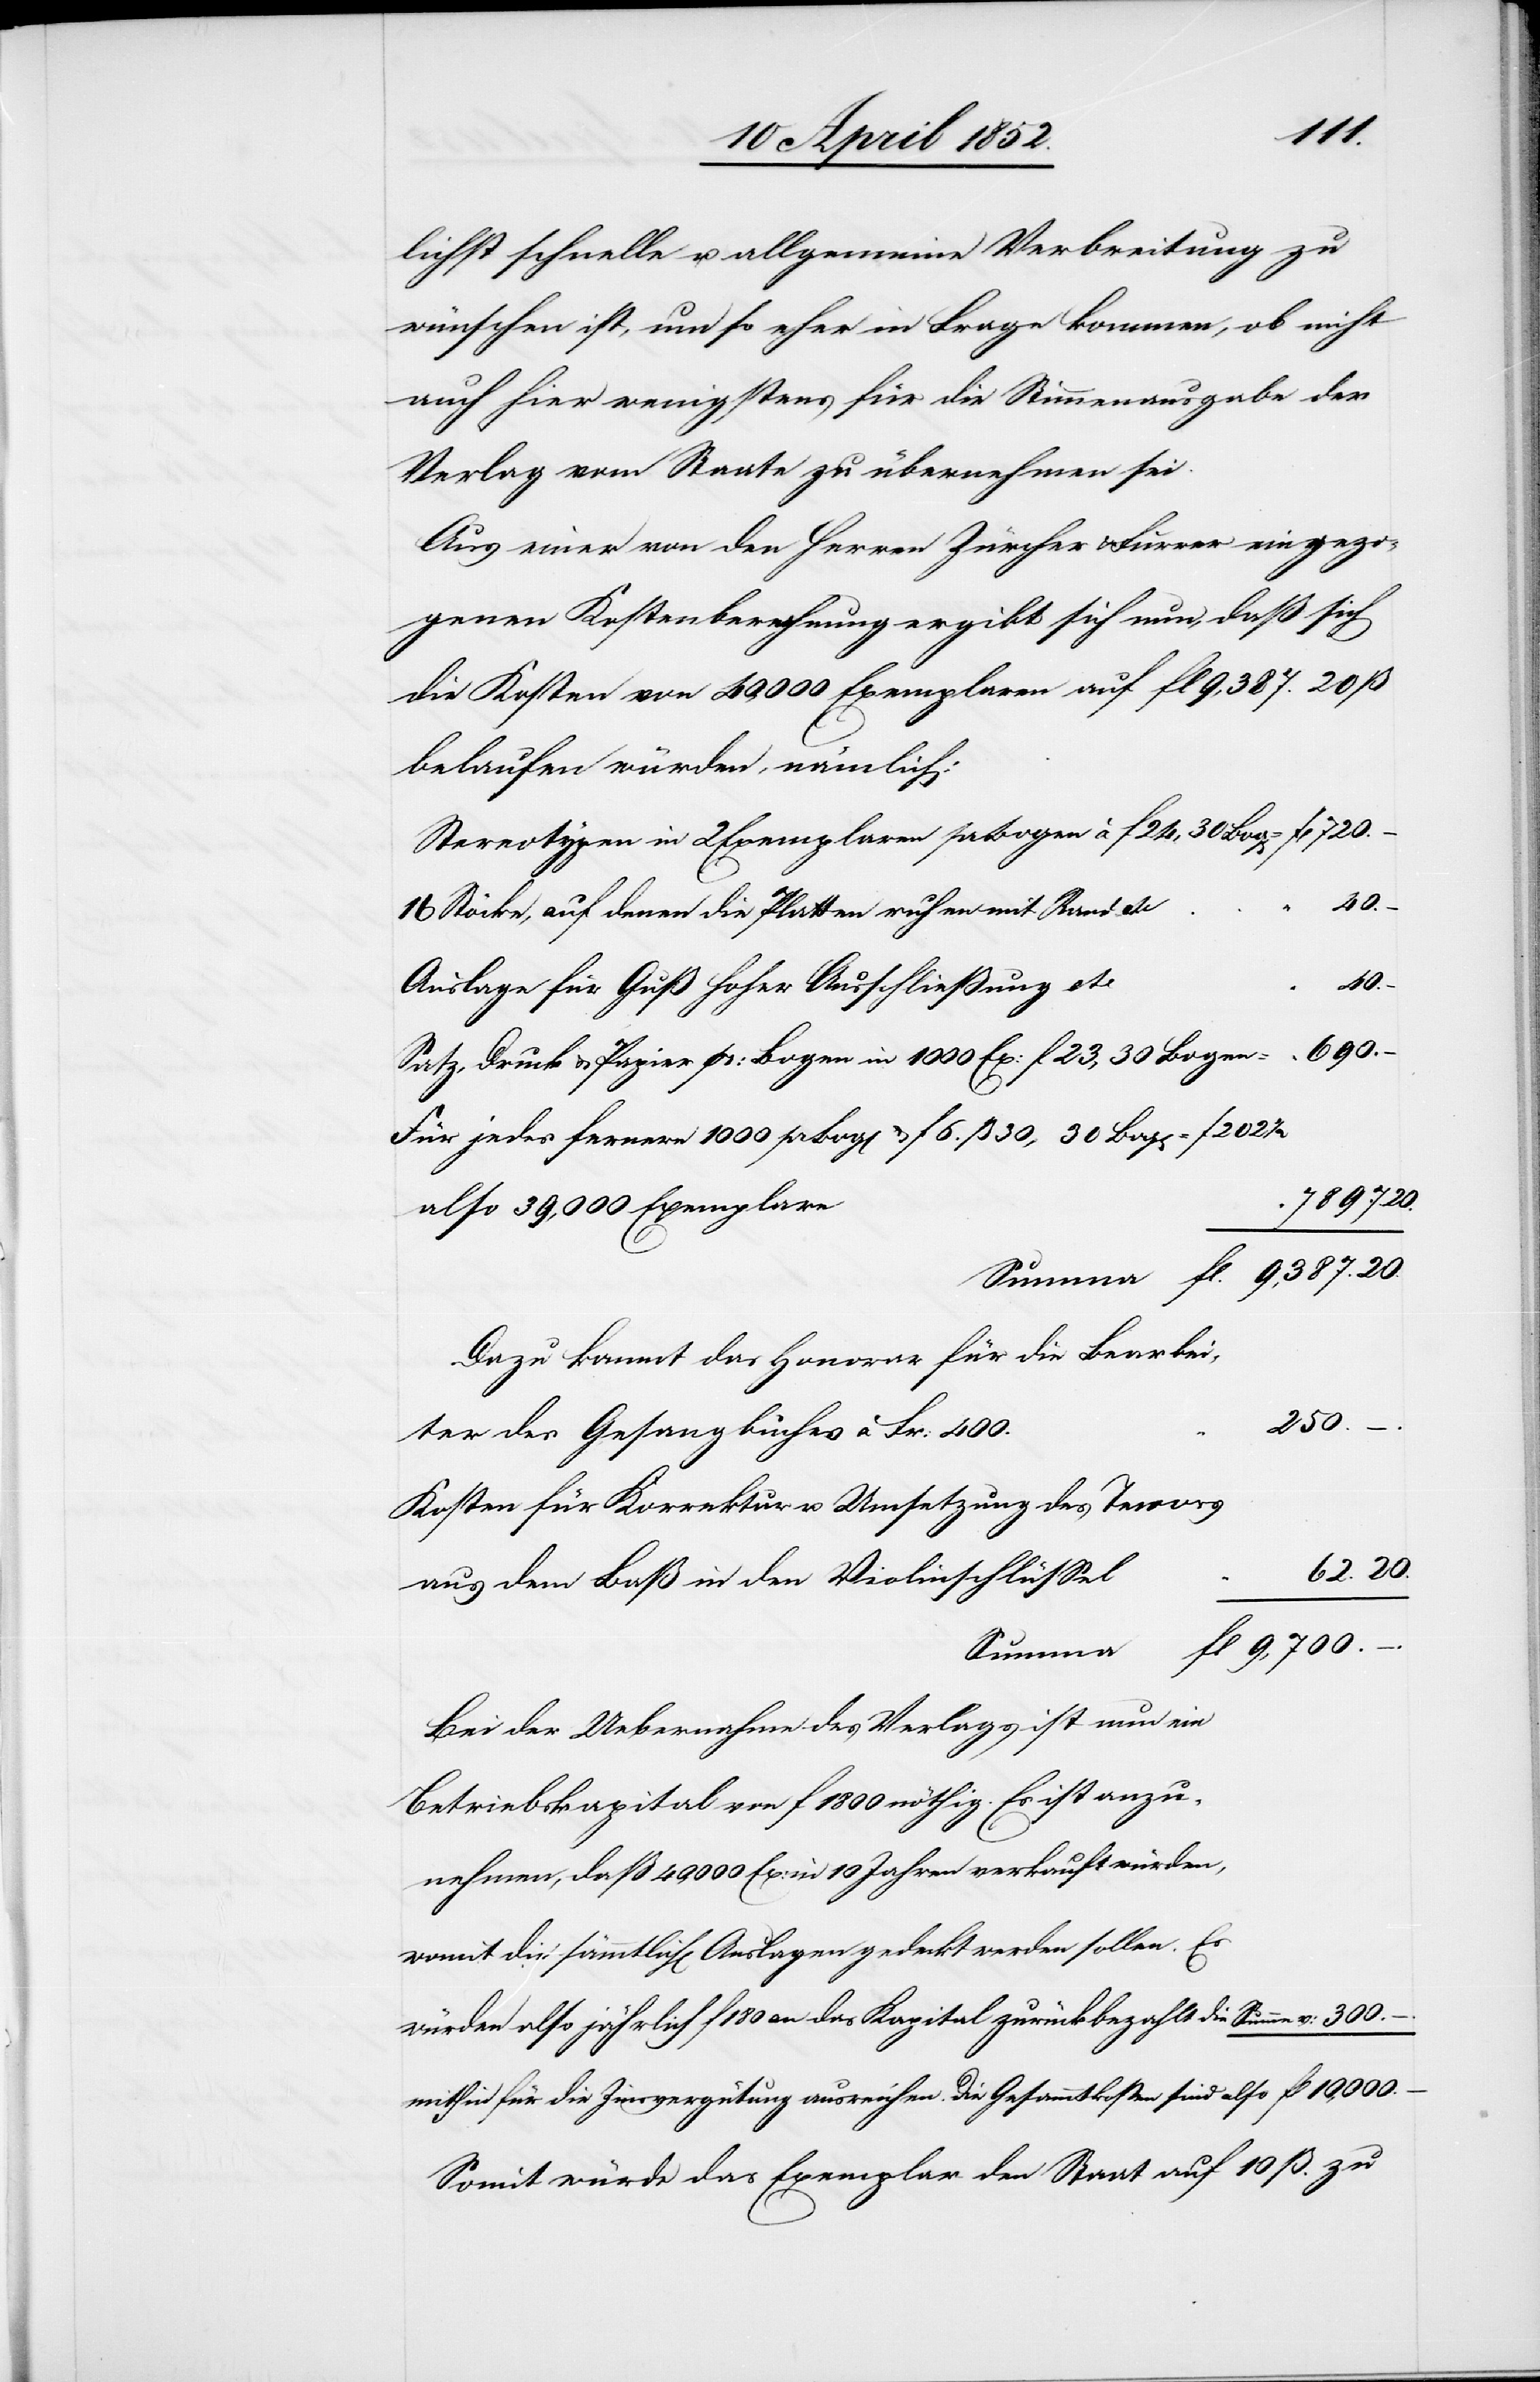
fl.
lichst schnelle u. allgemeine Verbreitung zu
wünschen ist, um so eher in Frage kommen, ob nicht
auch hier wenigstens für die Stimmenausgabe der
Verlag vom Staate zu übernehmen sei.
Aus einer von den Herren Zürcher & Furrer eingezo¬
genen Kostenberechnung ergibt sich nun, daß sich
die Kosten von 40,000 Exemplaren auf fl 9,387. 20 ß
belaufen würden, nämlich:
Stereotypen in 2 Exemplaren pr Bogen à f 24, 30 Bog[en]
720.
16 Stöcke, auf denen die Platten ruhen mit Rand etc
690.
Auslage für Guß hoher Ausschließung etc.
Satz, Druck & Papier pr: Bogen in 1000 Ex: f 23, 30 Bogen =
Für jedes fernere 1000 pr Bog[en] & f 6. ß 30, 30 Bog[en]
7897. 20.
also 39,000 Exemplare
9,387. 20.
Dazu kommt das Honorar für die Bearbei¬
300.
ter des Gesangbuches a Fr: 400.
Kosten für Korrektur u. Umsetzung des Tenors
62. 20.
aus dem Baß in den Violinschlüssel
fl 10,000.
Summe
Bei der Uebernahme des Verlags ist nun ein
Betriebskapital von f 1800 nöthig. Es ist anzu¬
nehmen, daß 40,000 Ex: in 10 Jahren verkauft würden,
womit die sämmtlich[en] Auslagen gedeckt werden sollen. Es
würden also jährlich f 180 an das Kapital zurückbezahlt die
mithin für die Zinsvergütung ausreichen. Die Gesammtkosten sind also
Somit würde das Exemplar den Staat auf 10 ß. zu